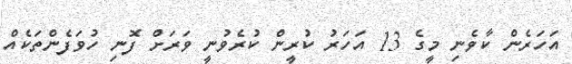
އަހަރެން ކާވެނި މީގެ 13 އަހަރު ކުރީން ކުރެވުނީ ވަރަށް ފޮނި ހުވަފެންތަކެއް